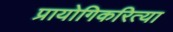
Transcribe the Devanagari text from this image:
प्रायोगिकरित्या